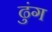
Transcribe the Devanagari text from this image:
ढुंग